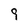
Character: 9